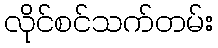
လိုင်စင်သက်တမ်း